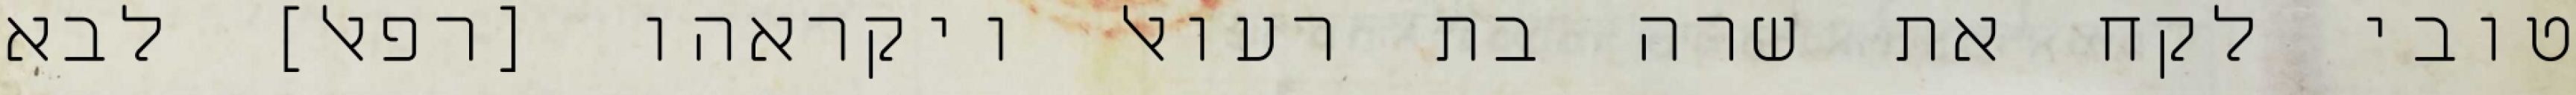
טובי לקח את שרה בת רעואל ויקראהו [רפאל] לבא